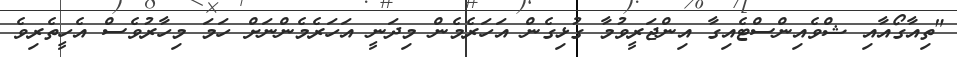
"ތިއާގޯއާއި ޝްވެއިންސްޓެއިގާ އިންޖަރީވުމާ ގުޅިގެން އަހަރެމެން މިދަނީ އަހަރެމެންނަށް ހަމަ މިހާރުވެސް އެހީތެރިވެ